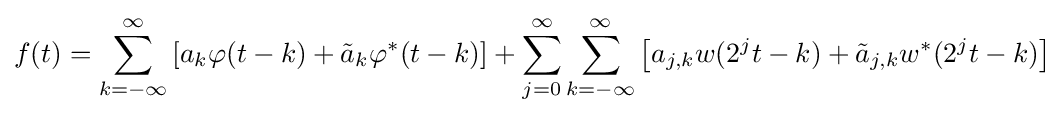
f(t)=\sum _{k=-\infty }^{\infty }\left[a_{k}\varphi (t-k)+{\tilde {a}}_{k}\varphi ^{*}(t-k)\right]+\sum _{j=0}^{\infty }\sum _{k=-\infty }^{\infty }\left[a_{j,k}w(2^{j}t-k)+{\tilde {a}}_{j,k}w^{*}(2^{j}t-k)\right]